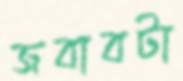
জবাবটা